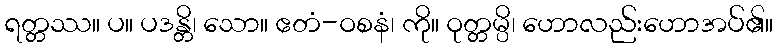
ရတ္တဿ။ ပ။ ပဒန္တိ၊ သော။ ဧတံ-ဝစနံ၊ ကို။ ဝုတ္တမ္ပိ၊ ဟောလည်းဟောအပ်၏။